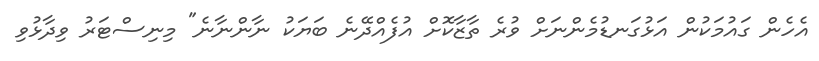
އެހެން ގައުމަކުން އަޅުގަނޑުމެންނަށް ވުރެ ތާޒާކޮށް އުފެއްދޭނެ ބަޔަކު ނާންނާނެ" މިނިސްޓަރު ވިދާޅުވި